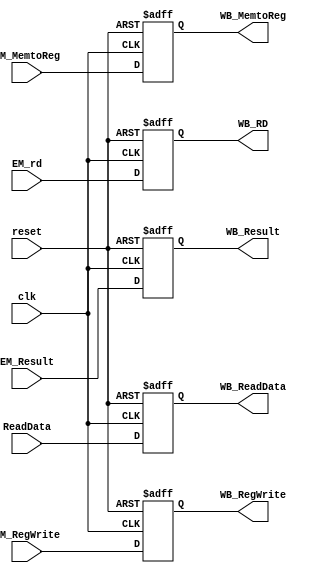
`timescale 1ns / 1ps
//////////////////////////////////////////////////////////////////////////////////
// Company: 
// Engineer: 
// 
// Design Name: 
// Module Name: MEM_WB_stage
// Project Name: 
// Target Devices: 
// Tool Versions: 
// Description: 
// 
// Dependencies: 
// 
// Revision:
// Revision 0.01 - File Created
// Additional Comments:
// 
//////////////////////////////////////////////////////////////////////////////////


module MEM_WB_stage(
    input clk, reset,
    //write back 
    input EM_MemtoReg, EM_RegWrite,
    input [4:0] EM_rd,
    input [63:0] EM_Result,// alu 64 bit result
    input [63:0] ReadData,
    //
    output reg WB_MemtoReg, WB_RegWrite,
    output reg [4:0] WB_RD,
    output reg [63:0] WB_Result,// alu 64 bit result
    output reg [63:0] WB_ReadData
    );
    
always @(posedge clk  or posedge reset) 
begin 
    if(reset ==1'b1)
    begin 
        
        WB_MemtoReg = 0;
        WB_RegWrite = 0;
        WB_RD= 0;
        WB_ReadData = 0;
        WB_Result = 0;
    end 
    else 
    begin
        WB_MemtoReg = EM_MemtoReg;
        WB_RegWrite = EM_RegWrite;
        WB_RD = EM_rd;
        WB_ReadData = ReadData;
        WB_Result = EM_Result;
    end 
end
endmodule